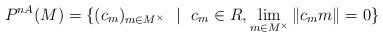
LaTeX: \begin{align*} P^{nA}(M)=\{(c_{m})_{m \in M^{\times}} \ \ | \ \ c_{m} \in R, \lim_{m \in M^{\times}} \|c_{m}m\|=0 \} \end{align*}